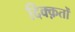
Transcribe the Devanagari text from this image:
दिक्क़तों